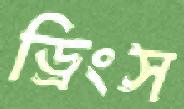
ড্রিংস